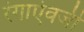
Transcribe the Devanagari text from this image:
रंगाऐवजी